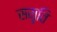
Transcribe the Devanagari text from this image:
सम़ृति